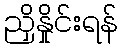
ညှိနှိုင်းရန်